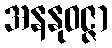
အနနုဝဇ္ဇာ